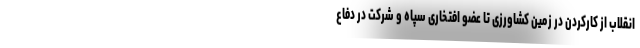
انقلاب از کارکردن در زمین کشاورزی تا عضو افتخاری سپاه و شرکت در دفاع